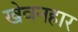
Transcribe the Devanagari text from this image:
खेवनहार